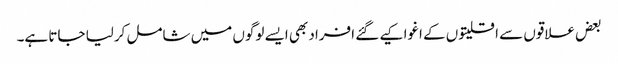
بعض علاقوں سے اقلیتوں کے اغوا کیے گئے افراد بھی ایسے لوگوں میں شامل کرلیا جاتا ہے۔